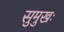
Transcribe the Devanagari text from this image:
सुमुखः